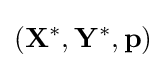
(\mathbf {X^{*}} ,\mathbf {Y^{*}} ,\mathbf {p} )